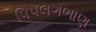
પિપલગભાણ